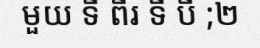
មួយ ទី ពីរ ទី បី ;២